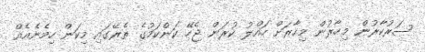
ސަރުކާރުން މިހާރުން މިހާރަށް ހައްލު ކުރަން ޖެހޭ ކަންކަމުގެ ތެރޭގައި މިކަން ހިމެނެއެއް